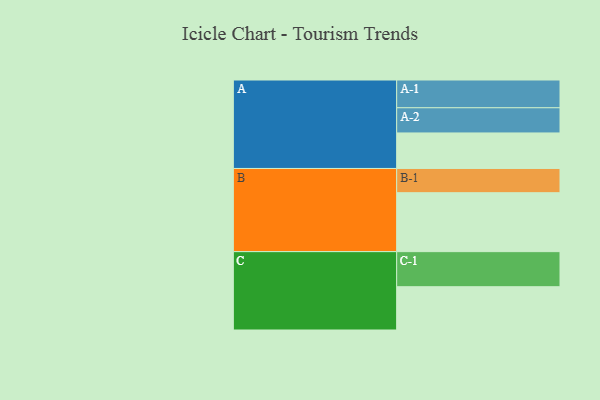
{"axis": {"x": "Segment", "y": "Value"}, "legend": ["", "A", "B", "C"], "data": [{"x": "A", "y": 302, "type": ""}, {"x": "B", "y": 501, "type": ""}, {"x": "C", "y": 368, "type": ""}, {"x": "A-1", "y": 236, "type": "A"}, {"x": "A-2", "y": 214, "type": "A"}, {"x": "B-1", "y": 206, "type": "B"}, {"x": "C-1", "y": 298, "type": "C"}]}